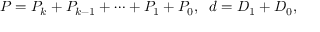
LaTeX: P = P _ { k } + P _ { k - 1 } + \cdots + P _ { 1 } + P _ { 0 } , \; \; d = D _ { 1 } + D _ { 0 } ,